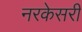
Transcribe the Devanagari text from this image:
नरकेसरी